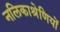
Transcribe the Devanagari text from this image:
नलिकाश्रेणियों